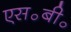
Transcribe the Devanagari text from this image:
एस॰बी॰